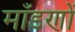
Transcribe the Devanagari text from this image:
माँडणों